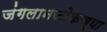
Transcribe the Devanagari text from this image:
जंगलानजीकच्या